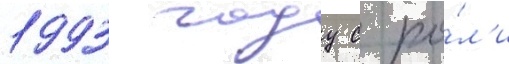
1993 году с ро́л'и